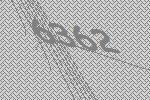
6362